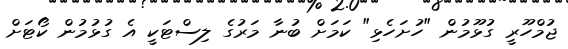
ޖުމްހޫރީ ގުޅޫމުން "ހުށަހެޅި" ކަމަށް ބުނާ މަރުގެ ލިސްޓަކީ އެ ގުޅުމުން ކޯޓަށް